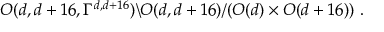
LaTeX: O ( d , d + 1 6 , \Gamma ^ { d , d + 1 6 } ) \backslash O ( d , d + 1 6 ) / ( O ( d ) \times O ( d + 1 6 ) ) ~ .